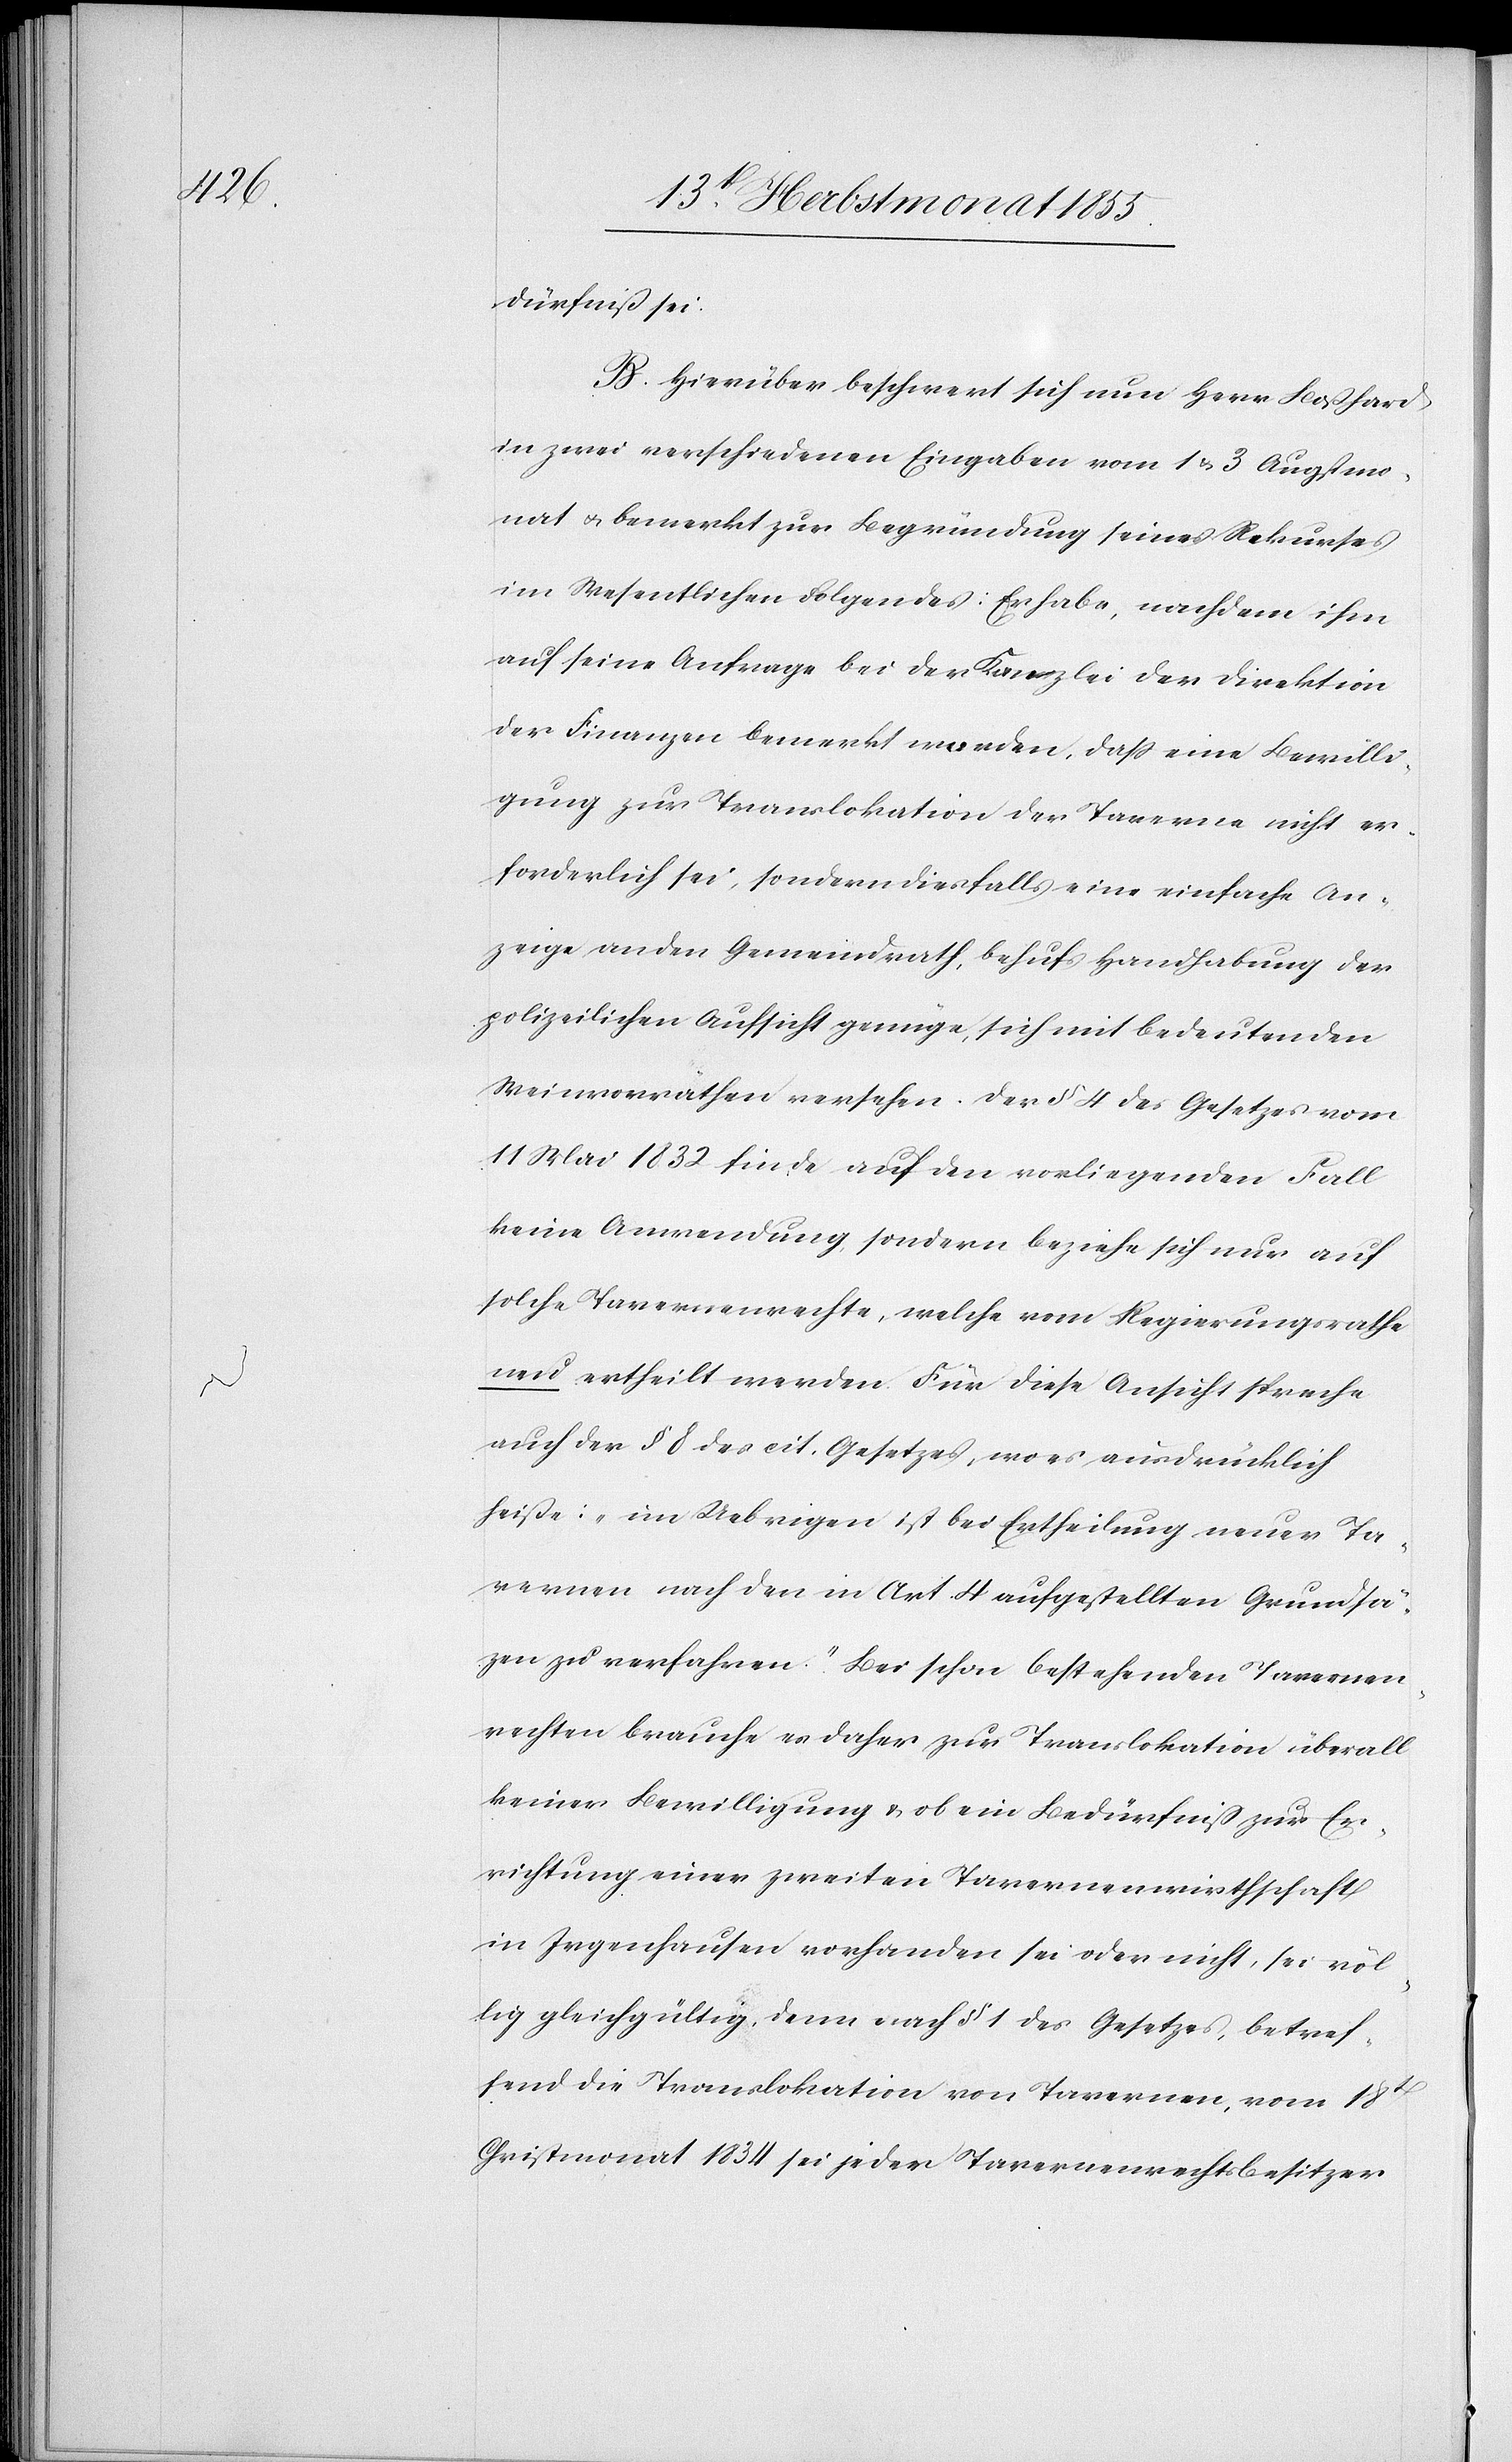
dürfniß sei.
B. Hierüber beschwert sich nun Herr Boßhard
in zwei verschiedenen Eingaben vom 1 & 3 Augstmo¬
nat & bemerkt zur Begründung seines Rekurses
im Wesentlichen Folgendes: Er habe, nachdem ihm
auf seine Anfrage bei der Kanzlei der Direktion
der Finanzen bemerkt worden, dass eine Bewilli¬
gung zur Translokation der Taverne nicht er¬
forderlich sei, sondern diesfalls eine einfache An¬
zeige an den Gemeindrath, behufs Handhabung der
polizeilichen Aufsicht genüge, sich mit bedeutenden
Weinvorräthen versehen. Der § 4 des Gesetzes vom
11 Mai 1832 finde auf den vorliegenden Fall
keine Anwendung, sondern beziehe sich nur auf
solche Tavernenrechte, welche vom Regierungsrathe
neu ertheilt werden. Für diese Ansicht spreche
auch der § 8 des cit. Gesetzes, wo es ausdrücklich
heiße: „im Uebrigen ist bei Ertheilung neuer Ta¬
vernen nach den in Art. 4 aufgestellten Grundsä[t]z¬
en zu verfahren.“ Bei schon bestehenden Tavernen¬
rechten brauche es daher zur Translokation überall
keiner Bewilligung & ob ein Bedürfniß zur Er¬
richtung einer zweiten Tavernenwirthschaft
in Irgenhausen vorhanden sei oder nicht, sei völ¬
lig gleichgültig, denn nach § 1 des Gesetzes, betref¬
fend die Translokation von Tavernen, vom 18t
Christmonat 1834 sei jeder Tavernenrechtsbesitzer